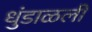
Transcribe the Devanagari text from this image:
धुंडाळली